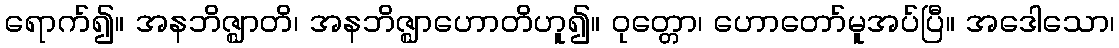
ရောက်၍။ အနဘိဇ္ဈာတိ၊ အနဘိဇ္ဈာဟောတိဟူ၍။ ဝုတ္တော၊ ဟောတော်မူအပ်ပြီ။ အဒေါသော၊